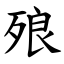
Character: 㱢